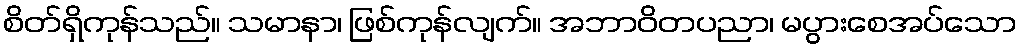
စိတ်ရှိကုန်သည်။ သမာနာ၊ ဖြစ်ကုန်လျက်။ အဘာဝိတပညာ၊ မပွားစေအပ်သော